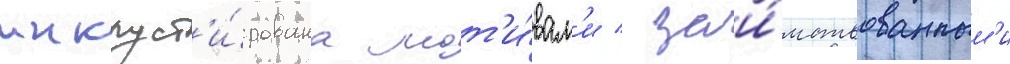
инкруст'и́рована мот'и́вам'и / заи́мствованным'и